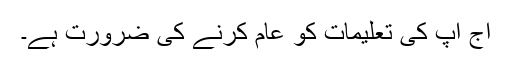
آج آپ کی تعلیمات کو عام کرنے کی ضرورت ہے۔